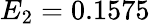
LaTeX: E_{2}=0.1575\